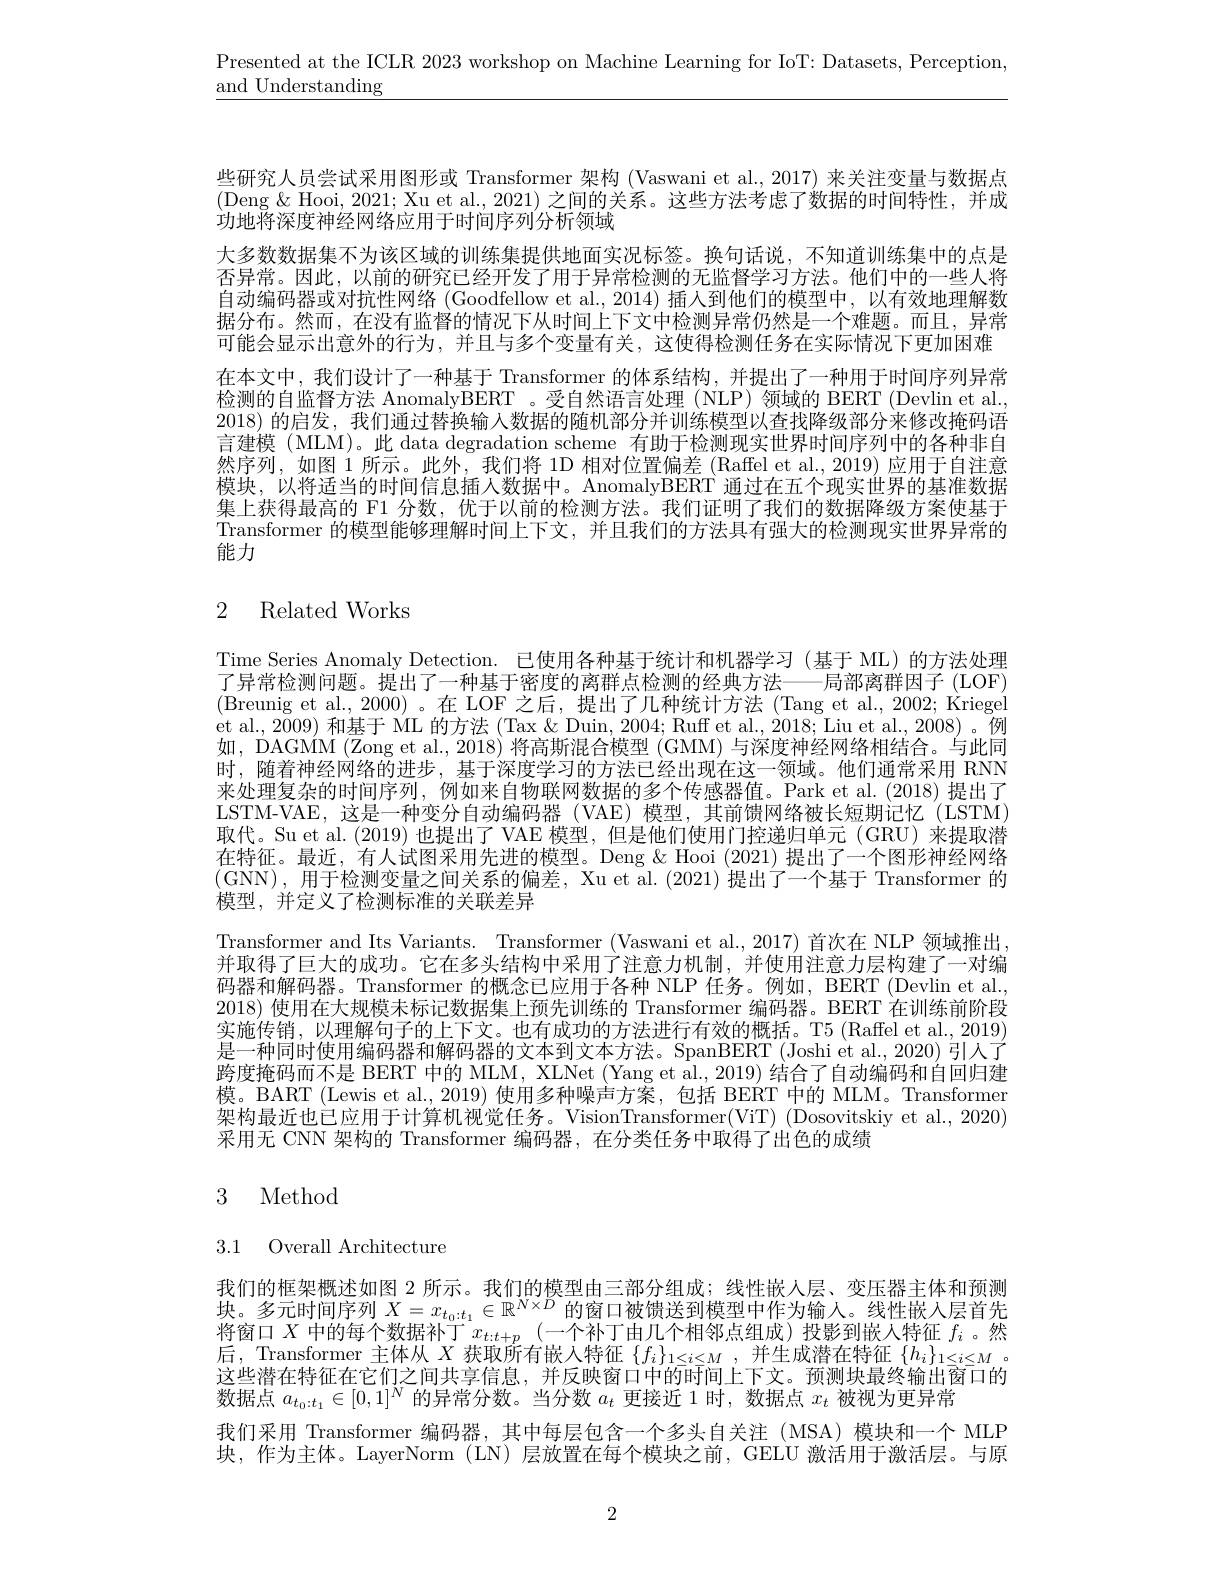
Presented at the ICLR 2023 workshop on Machine Learning for IoT: Datasets, Perception,
$\underline{\mathrm{and~Understanding}}$

些研究人员尝试采用图形或 Transformer 架构 (Vaswani et al., 2017) 来关注变量与数据点(Deng $\&$ Hooi, 2021; Xu et al., 2021) 之间的关系。这些方法考虑了数据的时间特性，并成$\bar{\text{功地将深度神经网络应用于时间序列分析领域}}$
大多数数据集不为该区域的训练集提供地面实况标签。换句话说，不知道训练集中的点是否异常。因此，以前的研究已经开发了用于异常检测的无监督学习方法。他们中的一些人将自动编码器或对抗性网络 (Goodfellow et al., 2014) 插人到他们的模型中，以有效地理解数据分布。然而，在没有监督的情况下从时间上下文中检测异常仍然是一个难题。而且，异常可能会显示出意外的行为，并且与多个变量有关，这使得检测任务在实际情况下更加困难在本文中，我们设计了一种基于 Transformer 的体系结构，并提出了一种用于时间序列异常检测的自监督方法 AnomalyBERT 。受自然语言处理 (NLP)领域的 BERT (Devlin et al., 2018) 的启发，我们通过替换输入数据的随机部分并训练模型以查找降级部分来修改掩码语言建模 (MLM)。此 data degradation scheme 有助于检测现实世界时间序列中的各种非自然序列，如图 1 所示。此外，我们将 1D 相对位置偏差 (Raffel et al., 2019) 应用于自注意模块，以将适当的时间信息插人数据中。AnomalyBERT 通过在五个现实世界的基准数据集上获得最高的 F1 分数，优于以前的检测方法。我们证明了我们的数据降级方案使基于Transformer 的模型能够理解时间上下文，并且我们的方法具有强大的检测现实世界异常的能力

## 2 Related Works

Time Series Anomaly Detection. 已使用各种基于统计和机器学习(基于 ML)的方法处理了异常检测问题。提出了一种基于密度的离群点检测的经典方法——局部离群因子 (LOF) (Breunig et al.,2000)。在 LOF 之后，提出了几种统计方法 (Tang et al., 2002; Kriegel et al., 2009) 和基于 ML 的方法 (Tax & Duin, 2004; Ruff et al., 2018; Liu et al., 2008)。例如，DAGMM (Zong et al., 2018) 将高斯混合模型 (GMM) 与深度神经网络相结合。与此同时，随着神经网络的进步，基于深度学习的方法已经出现在这一领域。他们通常采用 RNN 来处理复杂的时间序列，例如来自物联网数据的多个传感器值。Park et al.(2018)提出了LSTM-VAE,这是一种变分自动编码器(VAE)模型，其前馈网络被长短期记忆(LSTM) 取代。Su et al.(2019) 也提出了 VAE 模型，但是他们使用门控递归单元 (GRU)来提取潜在特征。最近，有人试图采用先进的模型。Deng & Hooi (2021) 提出了一个图形神经网络(GNN),用于检测变量之间关系的偏差，Xu et al.(2021)提出了一个基于 Transformer 的模型，并定义了检测标准的关联差异
Transformer and Its Variants. Transformer (Vaswani et al., 2017) 首次在 NLP 领域推出， 并取得了巨大的成功。它在多头结构中采用了注意力机制，并使用注意力层构建了一对编码器和解码器。Transformer 的概念已应用于各种 NLP 任务。例如，BERT (Devlin et al. 2018) 使用在大规模未标记数据集上预先训练的 Transformer 编码器。BERT 在训练前阶段实施传销，以理解句子的上下文。也有成功的方法进行有效的概括。T5 (Raffel et al.,2019) 是一种同时使用编码器和解码器的文本到文本方法。SpanBERT (Joshi et al., 2020) 引人了跨度掩码而不是 BERT 中的 MLM, XLNet (Yang et al., 2019) 结合了自动编码和自回归建模。BART (Lewis et al., 2019) 使用多种噪声方案，包括 BERT 中的 MLM。Transformer 架构最近也已应用于计算机视觉任务。VisionTransformer(ViT) (Dosovitskiy et al., 2020) 采用无 CNN 架构的 Transformer 编码器，在分类任务中取得了出色的成绩

# 3 Method

3.1 Overall Architecture

我 们 的 框 架 概 述 如 图 2 所 示 。我 们 的 模 型 由 三 部 分 组 成 ; 线 性 嵌 入 层 、 变 压 器 主 体 和 预 测 块 。多 元 时 间 序 列 $X= x_{t_0: t_1}\in \mathbb{R} ^{N\times D}$ 的 窗 口 被 馈 送 到 模 型 中 作 为 输 入 。线 性 嵌 人 层 首 先 收 容 口 Y 中 的 行 合 数 出 礼 下将窗口$X$中的每个数据补丁$x_t:t+p$ (一个补丁由几个相邻点组成)投影到嵌人特征$f_i$ 。然${\text{后，Transformer 主体从 }X\text{ 获取所有嵌入特征 }\{f_{i}\}_{1\leq i\leq M}}$,并生成潜在特征 $\{h_{i}\}_{1\leq i\leq M}$ 这些潜在特征在它们之间共享信息，并反映窗口中的时间上下文。预测块最终输出窗口的数据点$a_t_0:t_1\in[0,1]^N$的异常分数。当分数$a_t$更接近 1 时，数据点$x_t$被视为更异常
我们采用 Transformer 编码器，其中每层包含一个多头自关注(MSA)模块和一个 MLP 块，作为主体。LayerNorm (LN) 层放置在每个模块之前，GELU 激活用于激活层。与原

2